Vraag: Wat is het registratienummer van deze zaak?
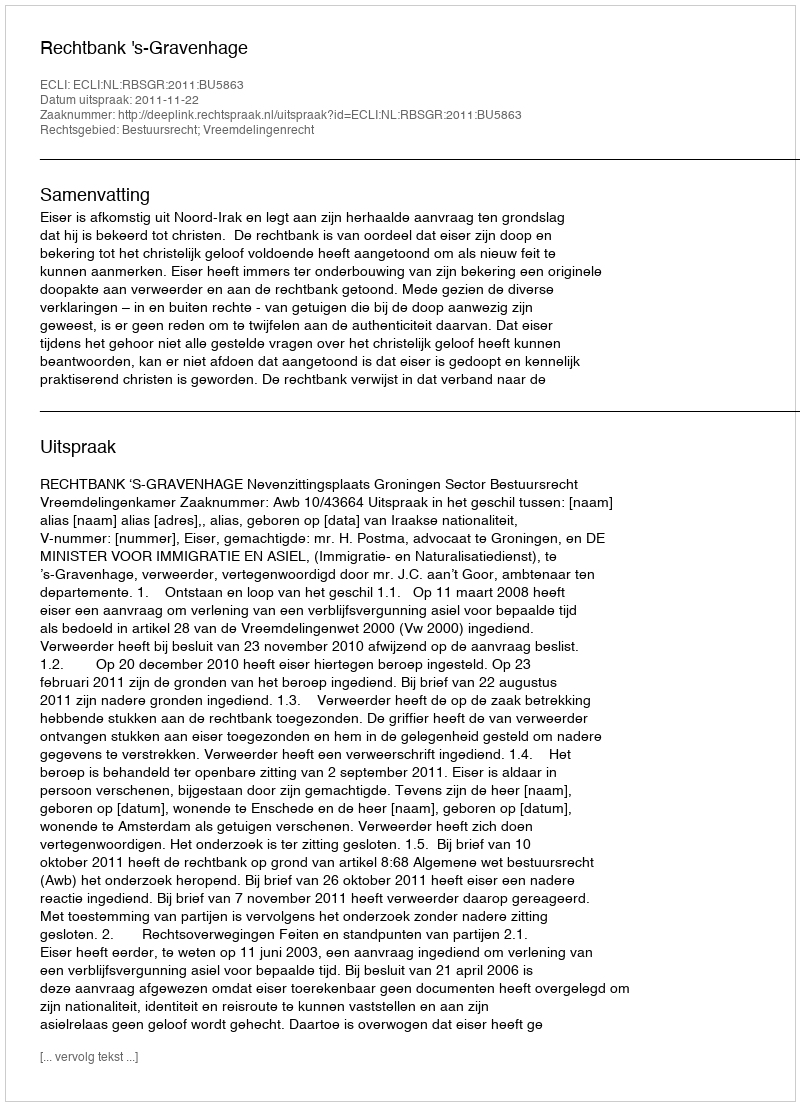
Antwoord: http://deeplink.rechtspraak.nl/uitspraak?id=ECLI:NL:RBSGR:2011:BU5863